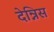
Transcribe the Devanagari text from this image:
देन्निस